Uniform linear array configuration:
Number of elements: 8
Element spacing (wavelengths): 0.25
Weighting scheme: kaiser
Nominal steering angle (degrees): -45
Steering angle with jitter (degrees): -46.348
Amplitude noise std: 0.05
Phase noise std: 0.05

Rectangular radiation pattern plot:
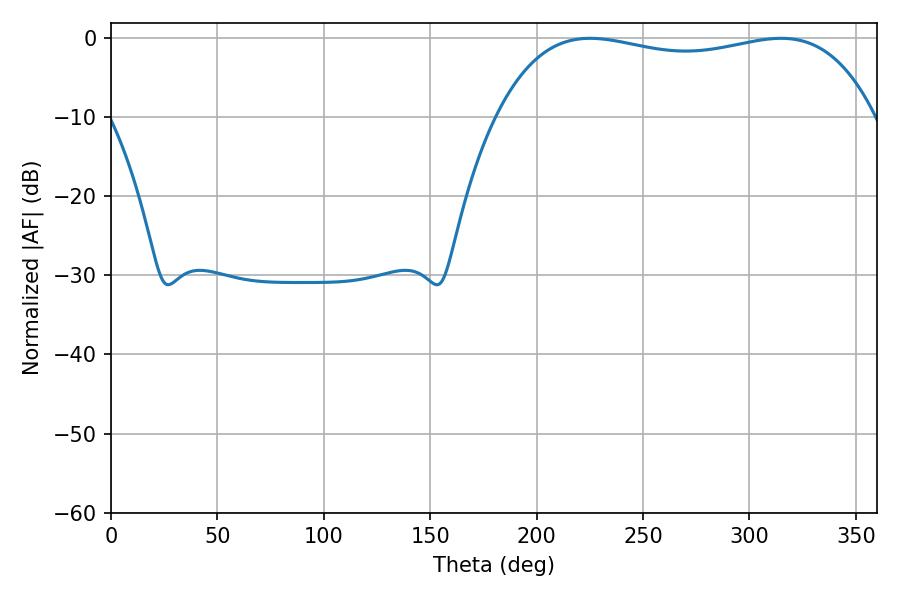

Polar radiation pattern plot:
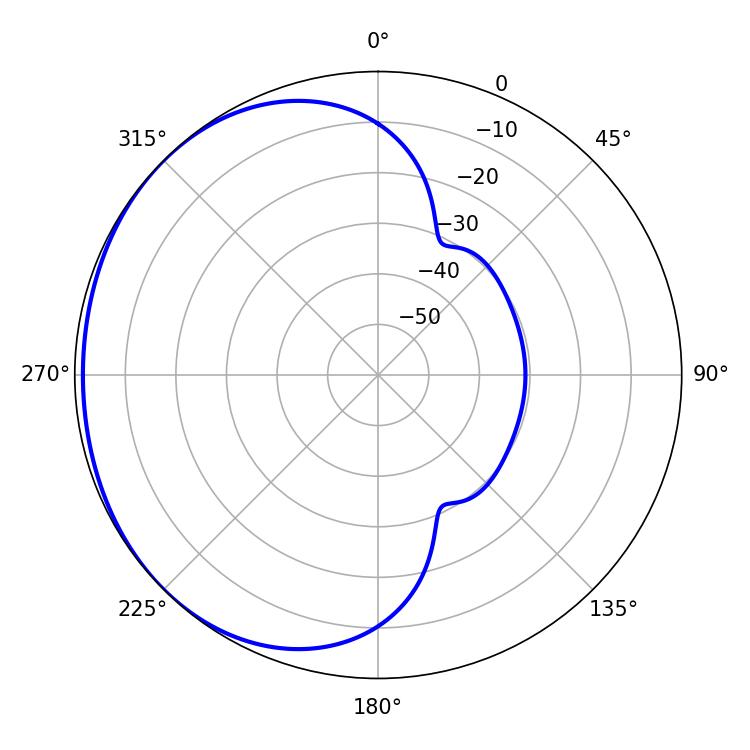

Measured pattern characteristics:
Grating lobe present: FALSE
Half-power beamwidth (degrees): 143.28
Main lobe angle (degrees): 225.18